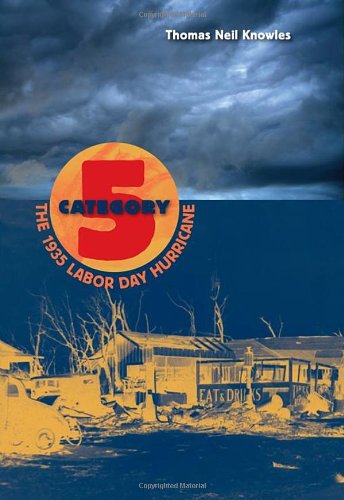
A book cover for Category 5: The 1935 Labor Day Hurricane; Thomas Neil Knowles; Science & Math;